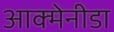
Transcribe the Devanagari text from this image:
आक्मेनीडा